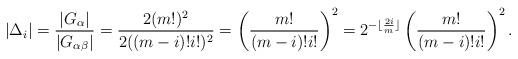
LaTeX: \begin{align*} \vert \Delta_i \vert =\frac{ \vert G_\alpha \vert }{ \vert G_{\alpha\beta} \vert }=\frac{2(m!)^2}{2((m-i)!i!)^2}=\left(\frac{m!}{(m-i)!i!}\right)^2=2^{-\lfloor \frac{2i}{m}\rfloor}\left(\frac{m!}{(m-i)!i!}\right)^2.\end{align*}